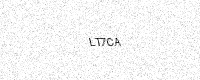
Text: LT7CA